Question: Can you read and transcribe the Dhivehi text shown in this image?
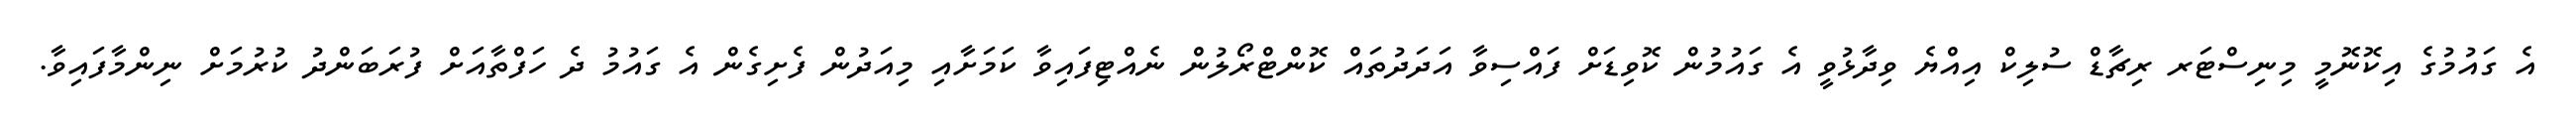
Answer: އެ ގައުމުގެ އިކޮނޮމީ މިނިސްޓަރ ރިޗާޑް ސުލިކް އިއްޔެ ވިދާޅުވީ އެ ގައުމުން ކޮވިޑަށް ފައްސިވާ އަދަދުތައް ކޮންޓްރޯލުން ނެއްޓިފައިވާ ކަމަށާއި މިއަދުން ފެށިގެން އެ ގައުމު ދެ ހަފްތާއަށް ފުރަބަންދު ކުރުމަށް ނިންމާފައިވާ.